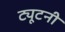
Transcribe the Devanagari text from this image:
ट्यूटनी